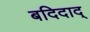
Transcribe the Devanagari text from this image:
बदिदाद्